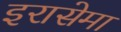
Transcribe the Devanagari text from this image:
इरासेमा